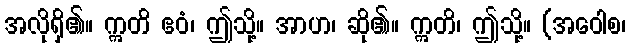
အလိုရှိ၏။ ဣတိ ဧဝံ၊ ဤသို့။ အာဟ၊ ဆို၏။ ဣတိ၊ ဤသို့။ (အဝေါစ၊